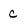
Character: c